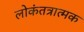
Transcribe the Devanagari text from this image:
लोकंतत्रात्मक